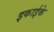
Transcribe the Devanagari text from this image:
इकाईके